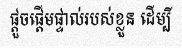
ផ្តួចផ្តើមផ្ទាល់របស់ខ្លួន ដើម្បី